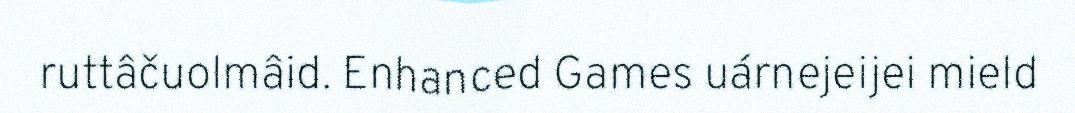
ruttâčuolmâid. Enhanced Games uárnejeijei mield